Vabadussoja_Ajaloo_Komitee, lk 70
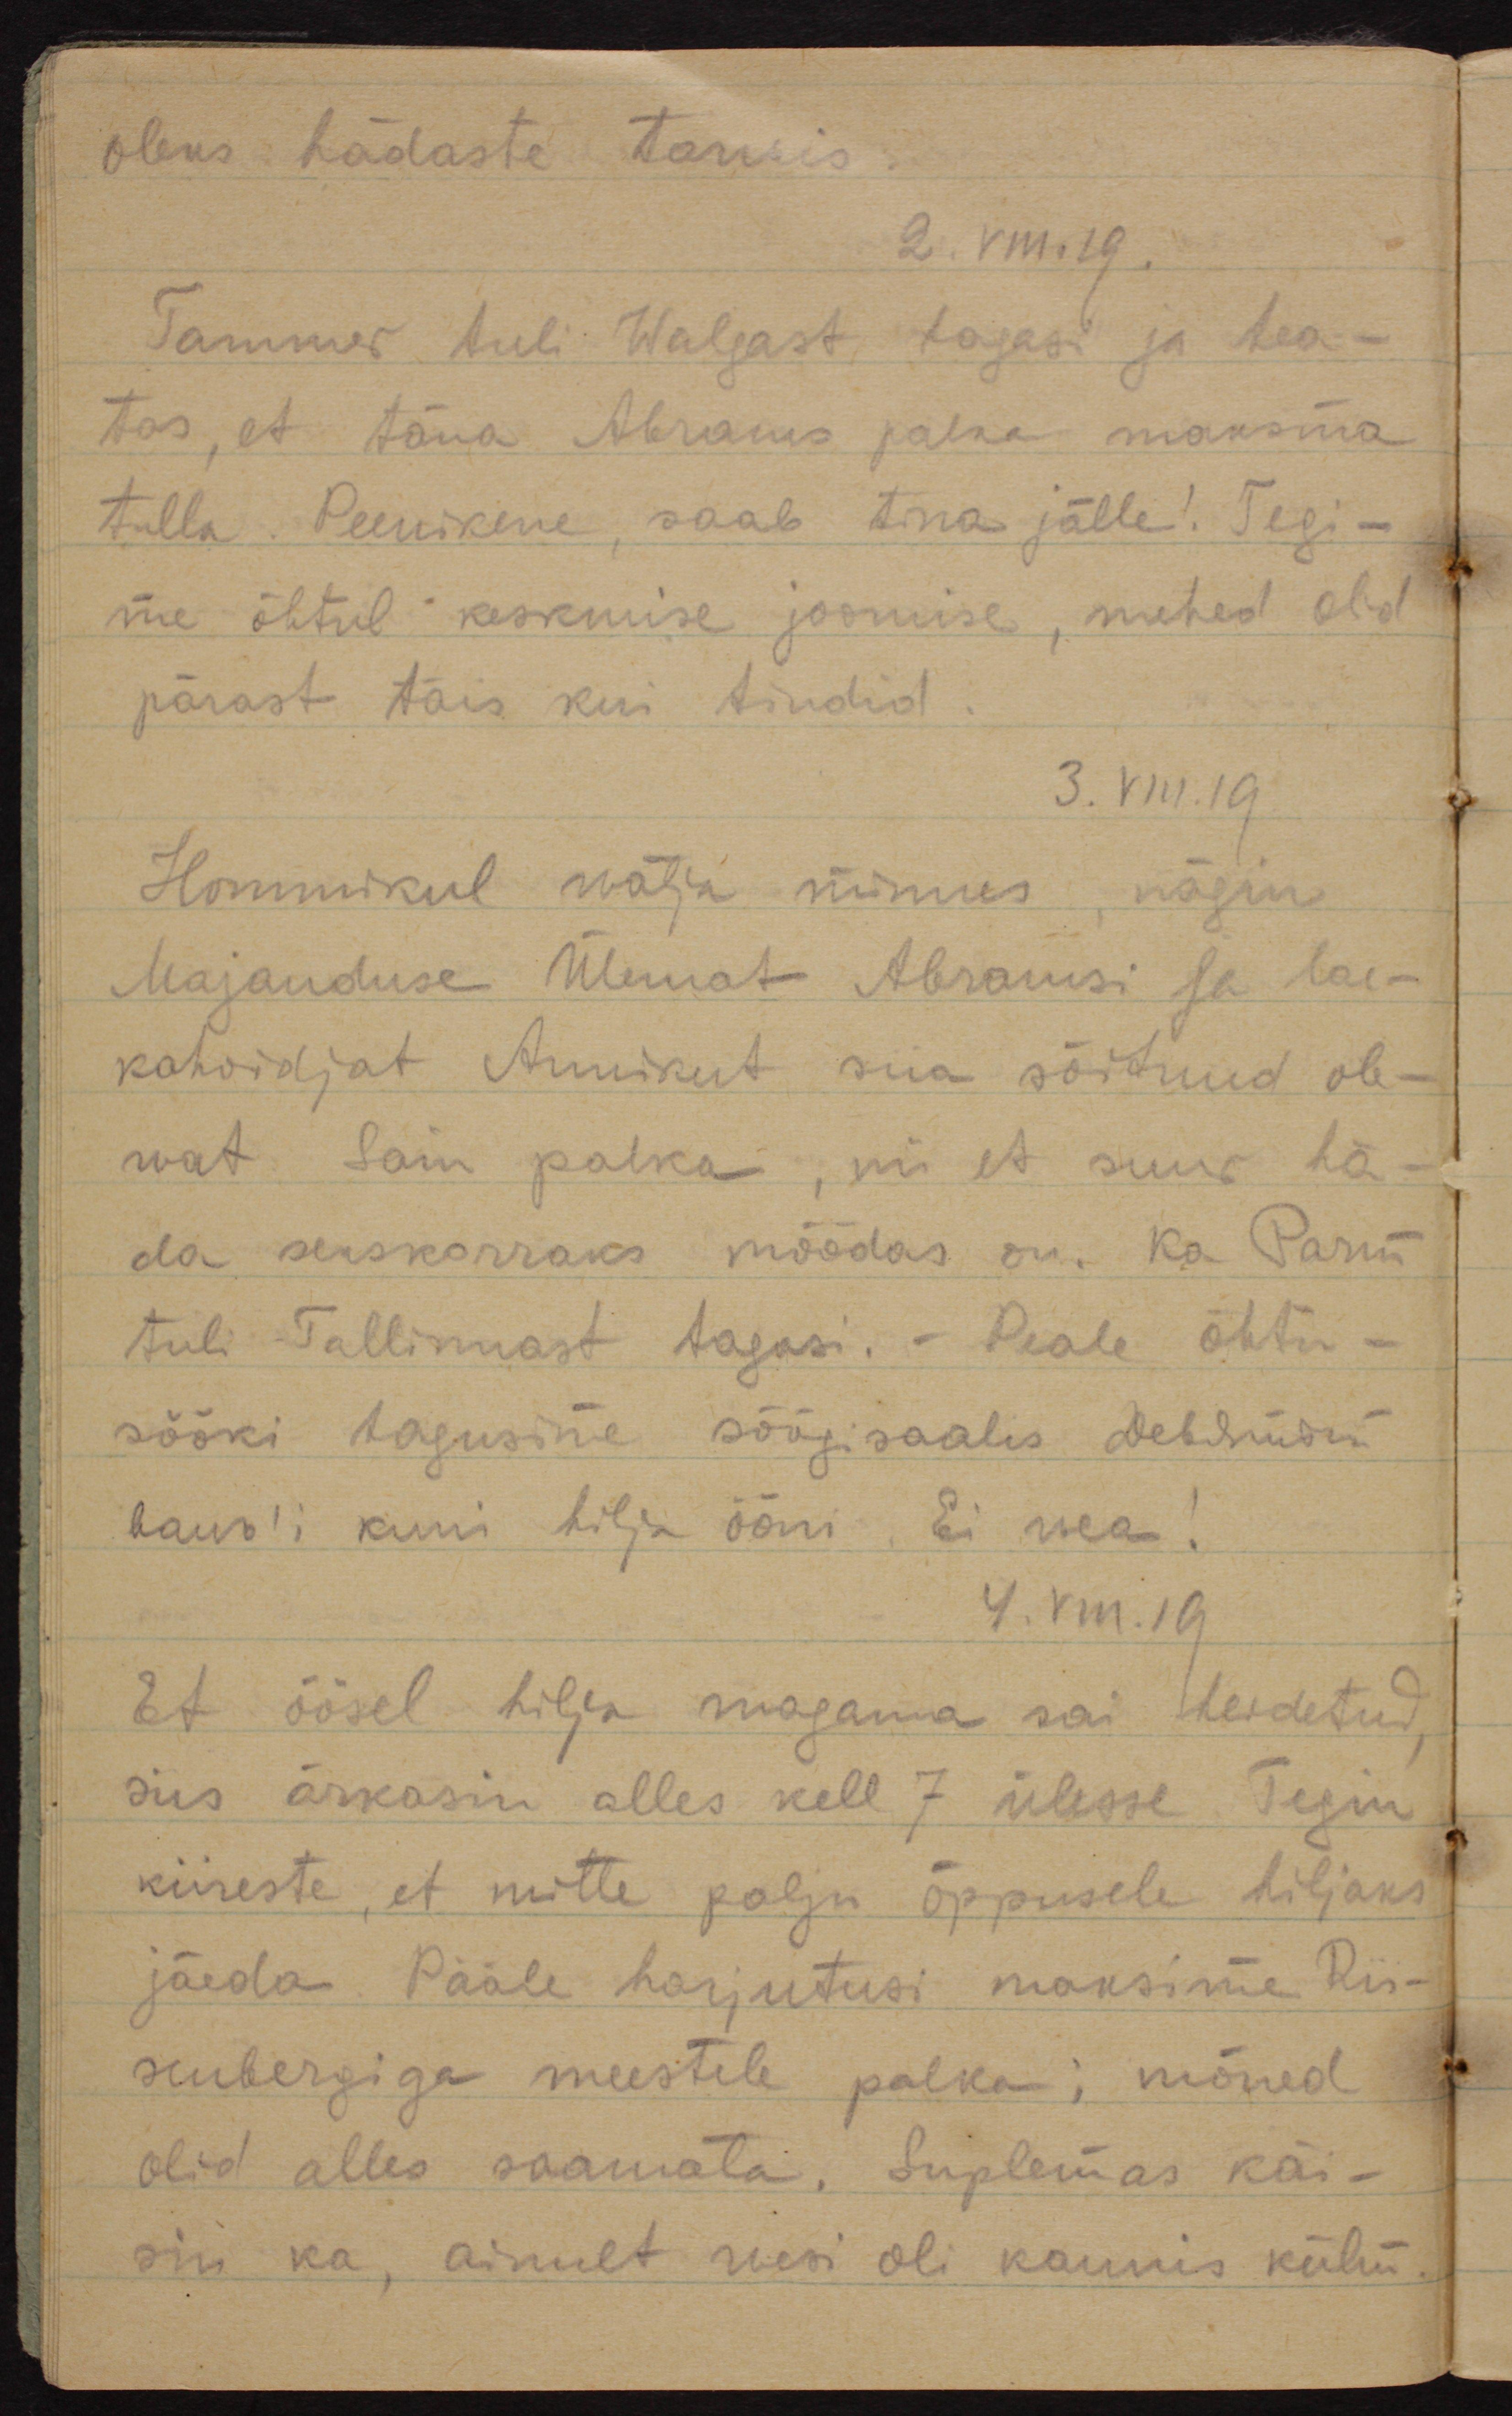
oleks hädaste tarwis.
2.VIII.19.
Tammer tuli Walgast tagasi ja tea-
tas, et täna Abrams palka maksma
tulla. Peenikene, saab tina jälle! Tegi-
me õhtul keskmise joomise, mehed olid
pärast täis kui tindid.
3.VIII.19.
Hommikul wälja minnes, nägin
Majanduse Ülemat Abramsi ja lae-
kahoidjat Annikut siia sõitnud ole-
wat. Sain palka, nii et suur hä-
da sekskorraks möödas on. Ka Parm
tuli Tallinnast tagasi. - Peale õhtu-
sööki tagusime söögisaalis девятни-
валь´i kuni hilja ööni. Ei wea!
4.VIII.19
Et öösel hilja magama sai heidetud,
siis ärkasin alles kell 7 ülesse. Tegin
kiireste, et mitte palju õppusele hiljaks
jääda. Pääle harjutusi maksime Rii-
senbergiga meestele palka; mõned
olid alles saamata. Suplemas käi-
sin ka, ainult wesi oli kaunis külm.